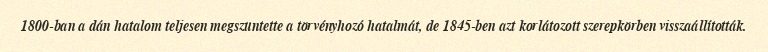
1800-ban a dán hatalom teljesen megszüntette a törvényhozó hatalmát, de 1845-ben azt korlátozott szerepkörben visszaállították.